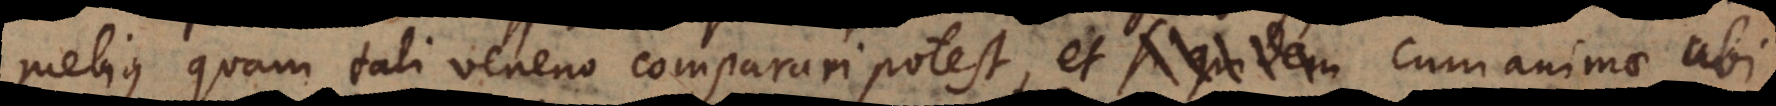
melius quam tali veneno comparari potest, et cum animae ubi